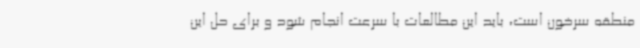
منطقه سرخون است، باید این مطالعات با سرعت انجام شود و برای حل این